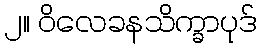
၂။ ဝိလေခနသိက္ခာပုဒ်